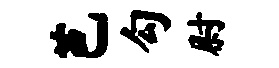
芭勾尉